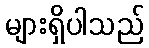
များရှိပါသည်